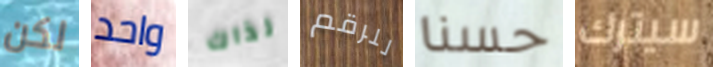
لكن واحد لذاك للرقم حسنا سيترك